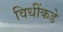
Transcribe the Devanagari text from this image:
विधींकडे